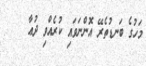
މަހުގެ ބަނޑުތެރޭ އޮންނަވައި ކުރެއްވި ދުޢާ